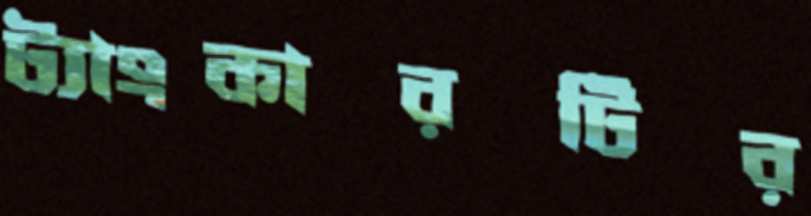
ট্যাংকারটির